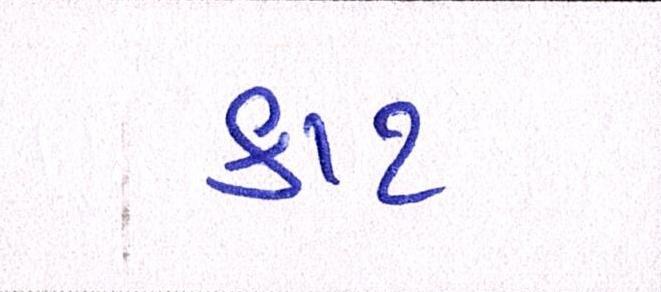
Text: કાટ